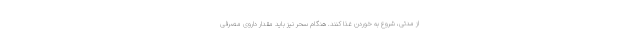
از مدتی، شروع به خوردن غذا کنند. هنگام سحر نیز باید مقدار داروی مصرفی